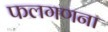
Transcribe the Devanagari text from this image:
फलगणना